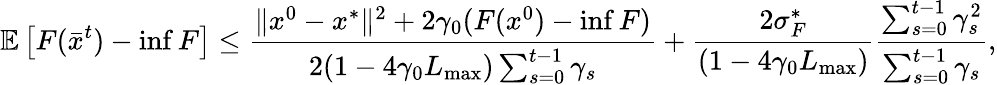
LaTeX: \mathbb{E}\left[F(\bar{x}^{t})-\operatorname*{inf}F\right]\leq\frac{\Vert x^{0}-x^{*}\Vert^{2}+2\gamma_{0}(F(x^{0})-\operatorname*{inf}F)}{2(1-4\gamma_{0}L_{\operatorname*{max}})\sum_{s=0}^{t-1}\gamma_{s}}+\frac{2\sigma_{F}^{*}}{(1-4\gamma_{0}L_{\operatorname*{max}})}\frac{\sum_{s=0}^{t-1}\gamma_{s}^{2}}{\sum_{s=0}^{t-1}\gamma_{s}},